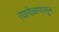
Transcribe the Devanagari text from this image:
त्यावेळापासून